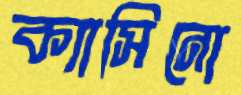
ক্যাসিনো